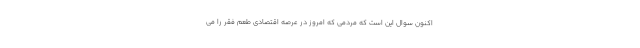
اکنون سوال این است که مردمی که امروز در عرصه اقتصادی طعم فقر را می